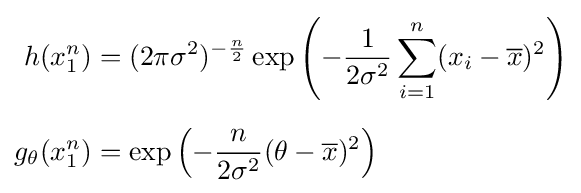
{\begin{aligned}h(x_{1}^{n})&=(2\pi \sigma ^{2})^{-{\frac {n}{2}}}\exp \left(-{1 \over 2\sigma ^{2}}\sum _{i=1}^{n}(x_{i}-{\overline {x}})^{2}\right)\\[6pt]g_{\theta }(x_{1}^{n})&=\exp \left(-{\frac {n}{2\sigma ^{2}}}(\theta -{\overline {x}})^{2}\right)\end{aligned}}